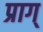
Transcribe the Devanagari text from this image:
प्राग्